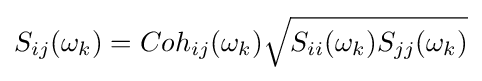
S_{ij}(\omega _{k})=Coh_{ij}(\omega _{k}){\sqrt {S_{ii}(\omega _{k})S_{jj}(\omega _{k})}}